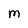
Character: M